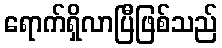
ရောက်ရှိလာပြီဖြစ်သည်